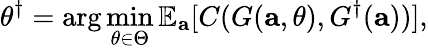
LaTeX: \theta^{\dagger}=\arg\operatorname*{min}_{\theta\in\Theta}\mathbb{E}_{\mathbf{a}}[C(G(\mathbf{a},\theta),G^{\dagger}(\mathbf{a}))],